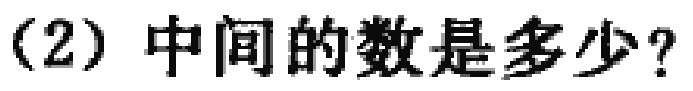
（2）中间的数是多少？